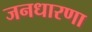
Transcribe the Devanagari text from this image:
जनधारणा